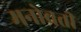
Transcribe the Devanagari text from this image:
मनोवती